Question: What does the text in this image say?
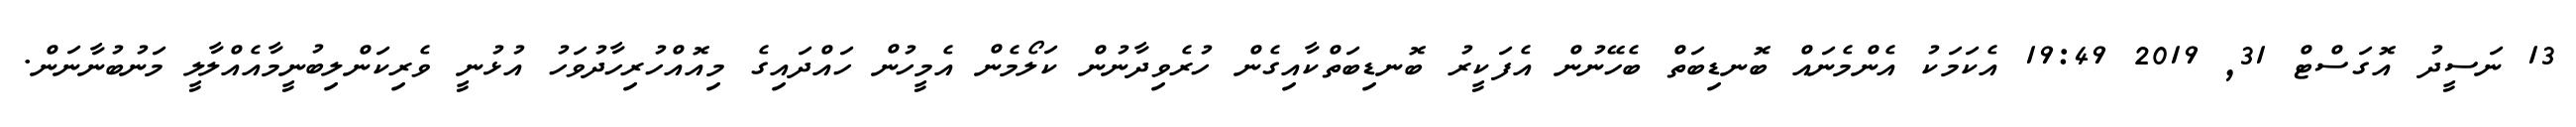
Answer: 13 ނަސީދު އޮގަސްޓް 31, 2019 19:49 އެކަމަކު އެންމެނައް ބޮނޑިބަތް ބެހޭނުން އެފަކީރު ބޮނޑިބަތްކާއިގެން ހުރެވިދާނުން ކަލޯމެން އެމީހުން ހައްދައިގެ މިއޮއްހުރިހާދުވަހު އުޅުނީ ވެރިކަންލިބުނީމާއެއްލާލީ މަނުބުނާނަން.